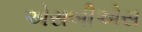
એસબીએસ